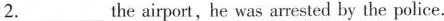
2.___the airport,he was arrested by the police.